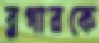
ব্লগারকে